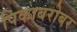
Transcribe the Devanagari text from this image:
पिकाबरोबर